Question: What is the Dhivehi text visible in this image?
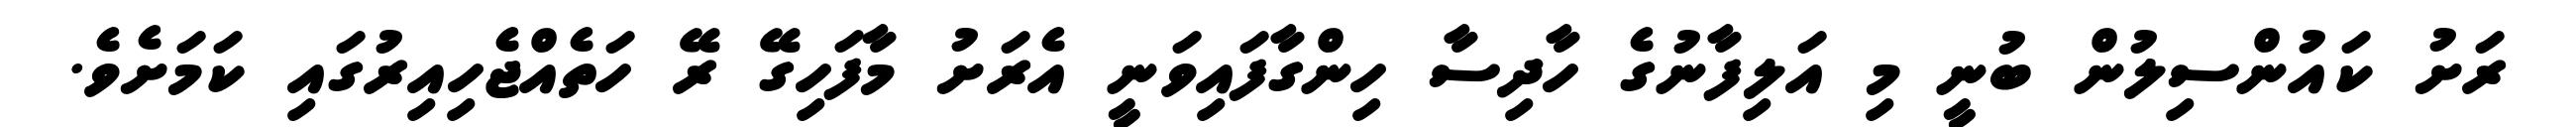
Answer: ރަށު ކައުންސިލުން ބުނީ މި އަލިފާނުގެ ހާދިސާ ހިންގާފައިވަނީ އެރަށު މާފަހިގޭ ރޭ ހަތެއްޖެހިއިރުގައި ކަމަށެވެ.